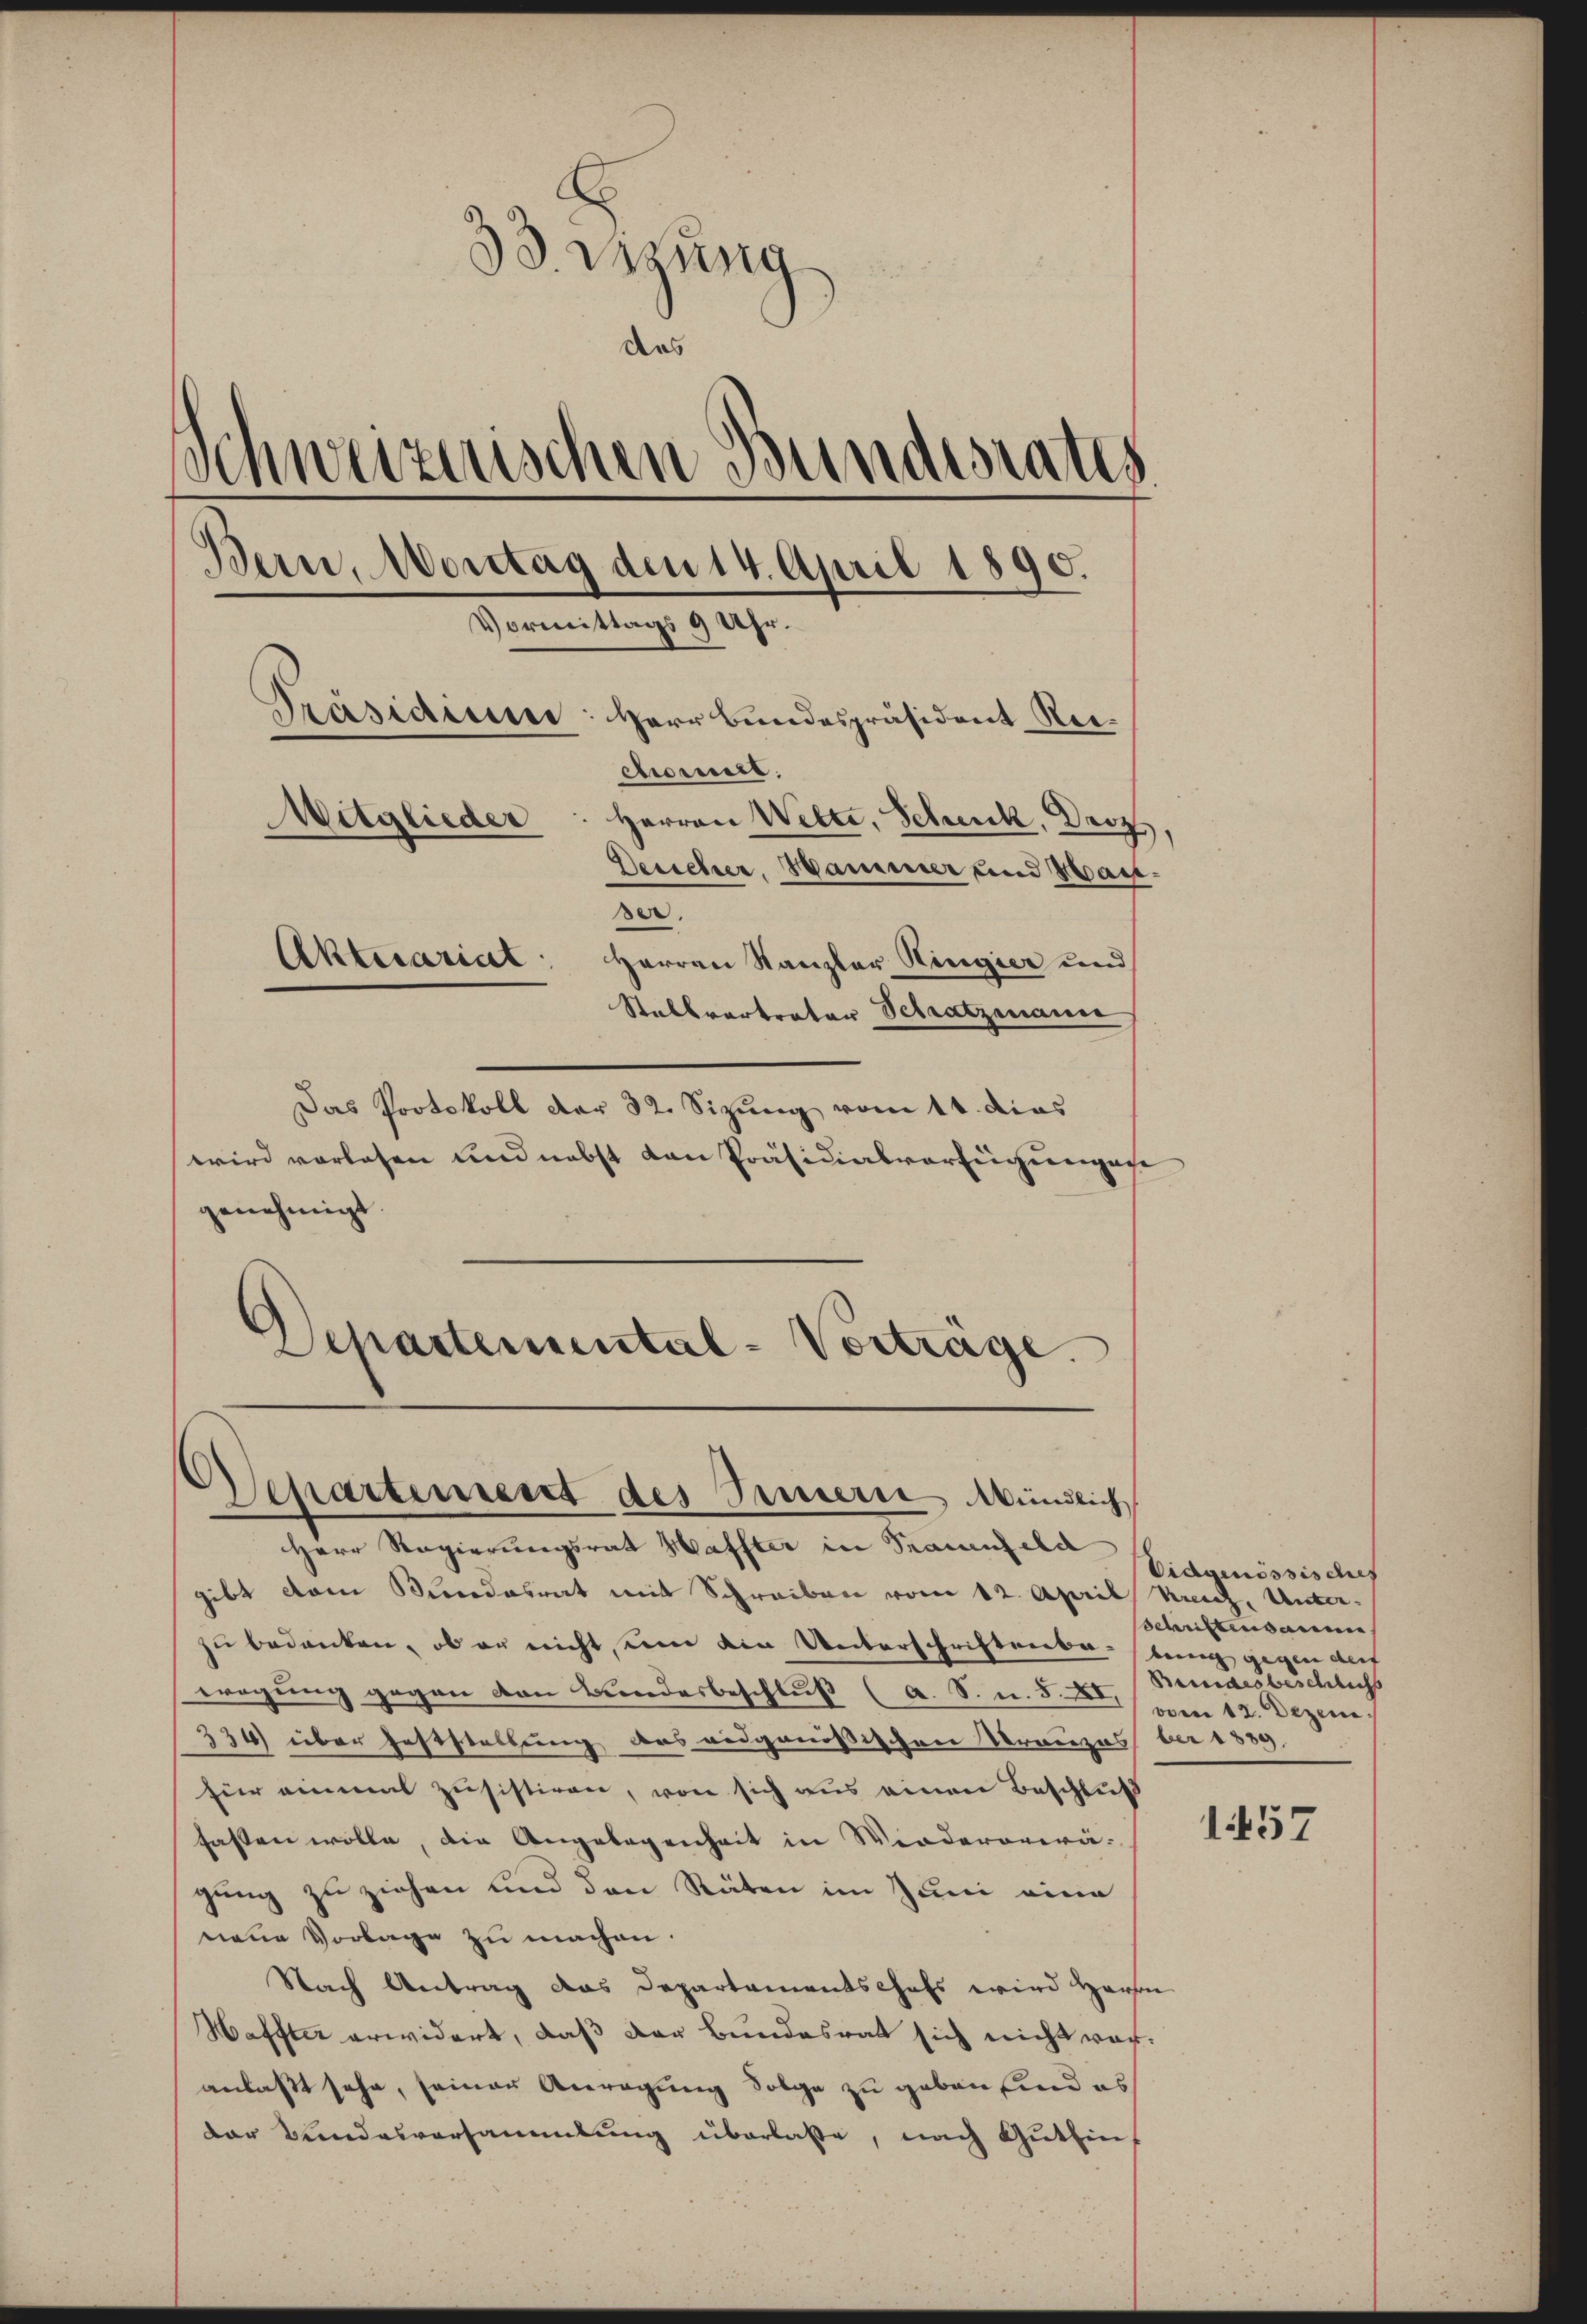
33 Verung
das
.
Schweizerischen Bundesratis
Bern, Montag den 14. April 1890.
Vormittags 9 Uhr.
Präsidiere: Herr Bundespräsident Ret
chomel:
e
Mitglieder
Herren Wette, Schuck, Droz,
Derseher, Hammer und Hausser.

Stalbvertrator Schatzmann
Das Protokoll der 32. Sizung vom 11. dies
wird vorlesen und nebst von Präsidialverfeigungene
genehmigt.
d
Departemental-Vorträge.

Aktecariat: Herren Kanzler Ringier und

Herr Regierungsrat Haffter in Trauenfeld
gibt dem Niedesrat mit Schreiben vom 12. April Krich, Unterzu bedanken, ob er nicht, um die Unterschriftenba-bung gegen auf
wegung gegen den Bundesbeschluß (a. S. u. S. XI. 12. Dezem
334) über Feststellung des eidgenößischen Trauzes bei 1889,
hier einmal zusistiren, von sich aus einen Beschluß
fassen wolle, die Angelegenheit in Widerogerägung zu ziehen und den Räten im Juni eine
nene Vorlage zu machen.
Nach Antrag das Departementschafs wird Herzen
Haffter erwidert, daß der Bundesrat sich nicht voranlaßt sehe, seiner Anregung Folge zu geben sind es
der Bundesversammlung überlaße, nach Gutfin¬

Departement des Innern Mündlich

Eidgenössisches
sSchriftensamme
Bundesbeschlichs

1457